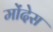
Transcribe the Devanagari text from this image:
मोंदेस